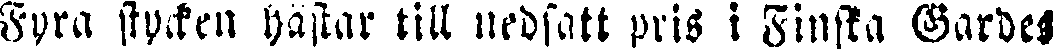
Fyra stycken hästar till nedsatt pris i Finska Gardes